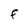
Character: F